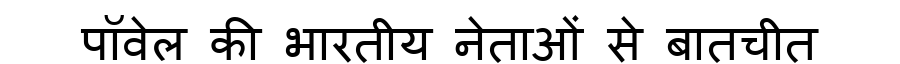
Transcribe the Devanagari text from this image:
पॉवेल की भारतीय नेताओं से बातचीत